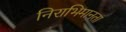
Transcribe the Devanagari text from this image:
निराभिमानता